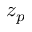
z _ { p }